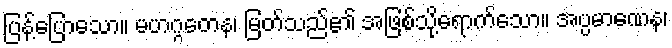
ပြန့်ပြောသော။ မဟဂ္ဂတေန၊ မြတ်သည်၏ အဖြစ်သို့ရောက်သော။ အပ္ပမာဏေန၊